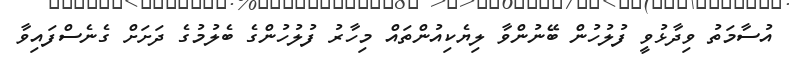
އުސާމަތު ވިދާޅުވީ ފުލުހުން ބޭނުންވާ ލިޔެކިއުންތައް މިހާރު ފުލުހުންގެ ބެލުމުގެ ދަށަށް ގެނެސްފައިވާ